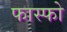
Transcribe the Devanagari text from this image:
फास्‍फो